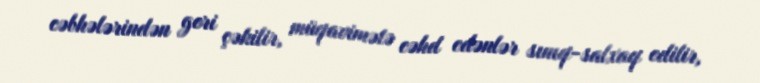
cəbhələrindən geri çəkilir, müqavimətə cəhd edənlər sınıq-salxaq edilir,